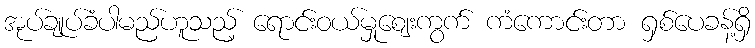
အုပ်ချုပ်ခံပါမည်ဟူသည့် ရောင်းဝယ်မှုဈေးကွက် ကံကောင်းတာ ရှစ်ပေခန့်ရှိ